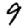
Digit: 9